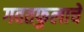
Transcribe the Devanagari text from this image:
गवतफुलाचे